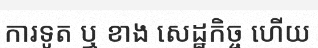
ការទូត ឬ ខាង សេដ្ឋកិច្ច ហើយ